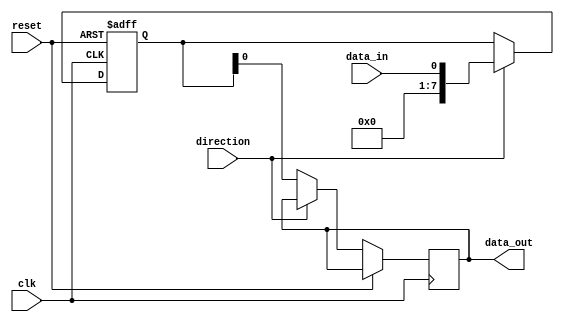
module bidirectional_buffer (
    input wire clk,
    input wire reset,
    input wire data_in,
    input wire direction,
    output reg data_out
);

reg [7:0] buffer;

always @(posedge clk or posedge reset) begin
    if (reset) begin
        buffer <= 8'b0;
    end else if (direction) begin
        buffer <= data_in;
    end else begin
        data_out <= buffer;
    end
end

endmodule